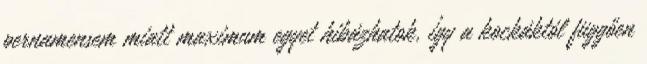
pernamensem miatt maximum egyet hibázhatok, így a kockáktól függően